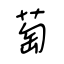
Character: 萄